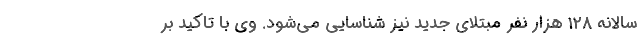
سالانه ۱۲۸ هزار نفر مبتلای جدید نیز شناسایی می‌شود. وی با تاکید بر